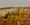
ليس